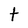
Character: t